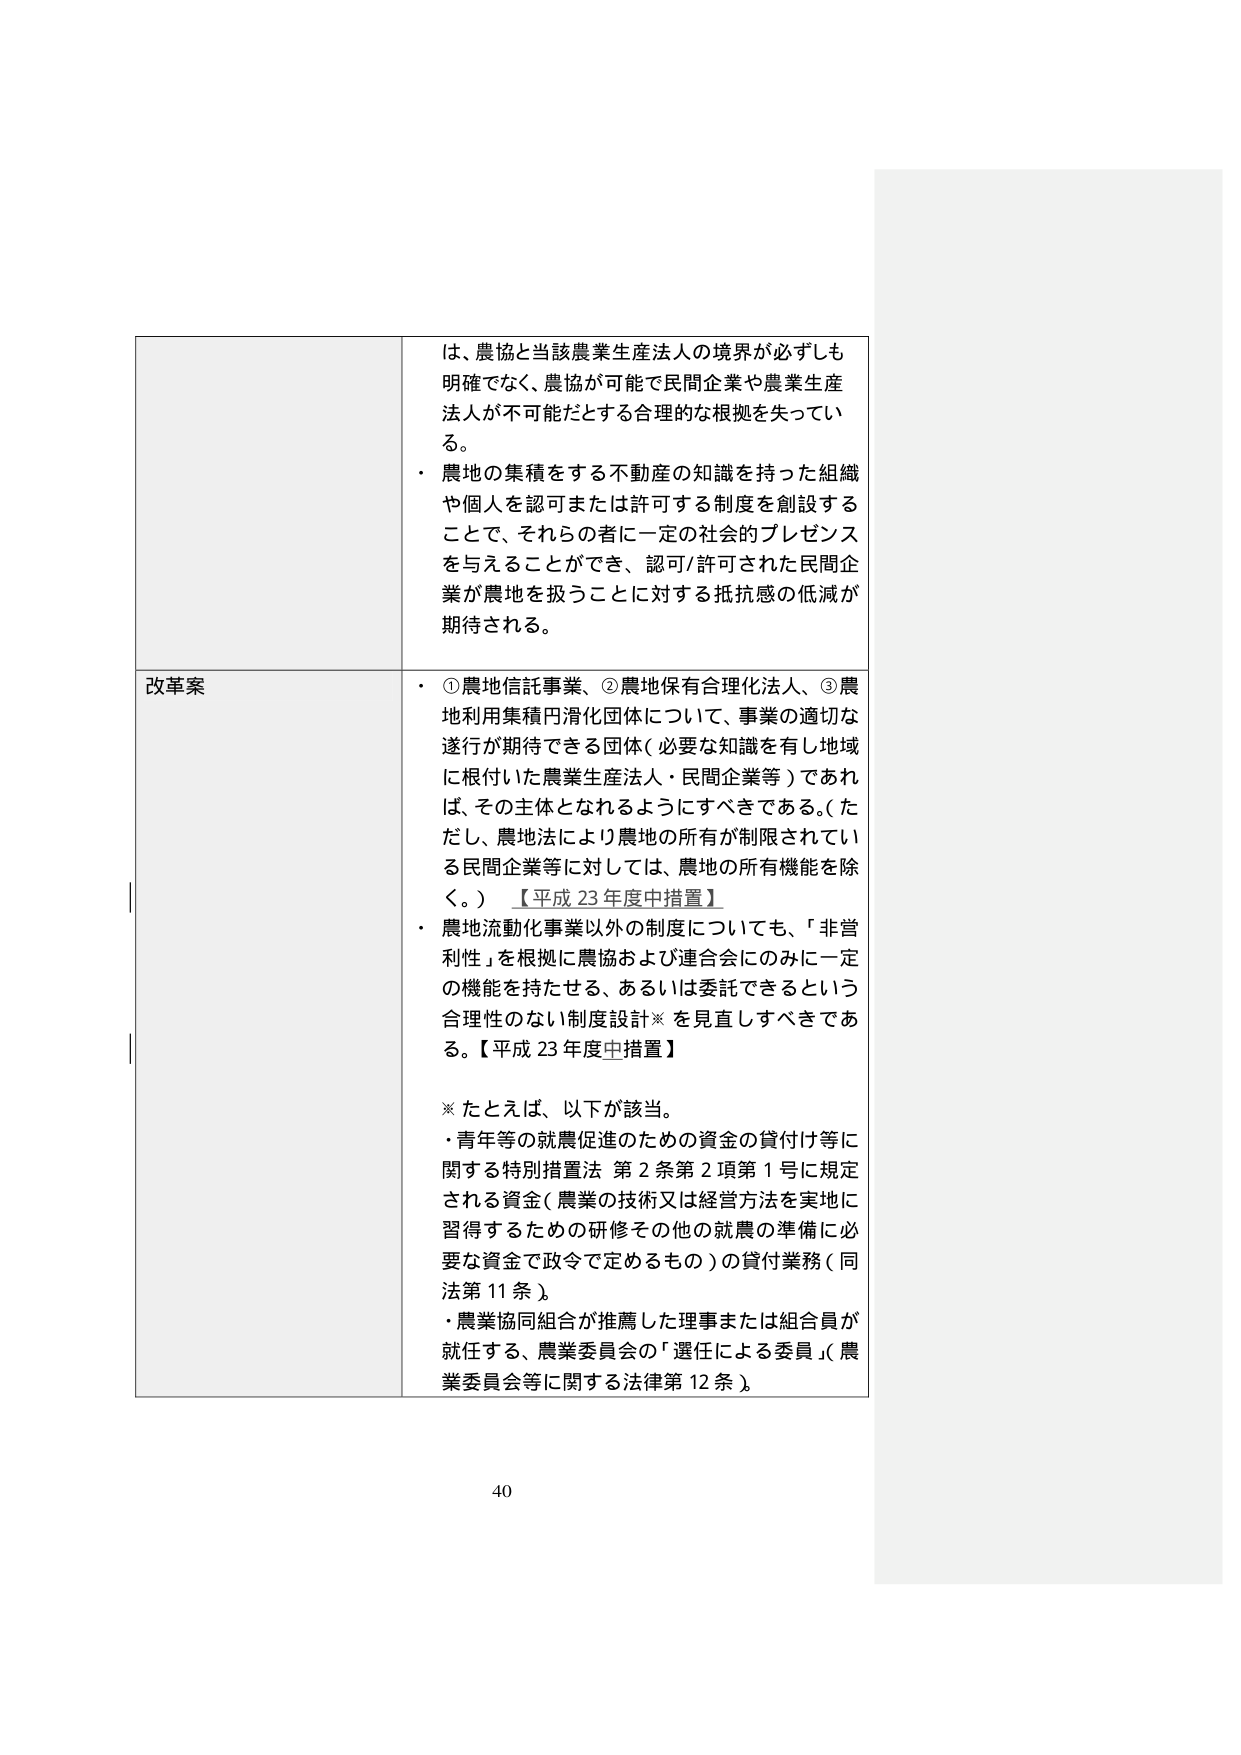
は、農協と当該農業生産法人の境界が必ずしも明確でなく、農協が可能で民間企業や農業生産法人が不可能だとする合理的な根拠を失っている。
・ 農地の集積をする不動産の知識を持った組織や個人を認可または許可する制度を創設することで、それらの者に一定の社会的プレゼンスを与えることができ、認可/許可された民間企業が農地を扱うことに対する抵抗感の低減が期待される。

改革案
・ ①農地信託事業、②農地保有合理化法人、③農地利用集積円滑化団体について、事業の適切な遂行が期待できる団体（必要な知識を有し地域に根付いた農業生産法人・民間企業等）であれば、その主体となれるようにすべきである。（ただし、農地法により農地の所有が制限されている民間企業等に対しては、農地の所有機能を除く。）【平成23年度中措置】
・ 農地流動化事業以外の制度についても、「非営利性」を根拠に農協および連合会にのみ一定の機能を持たせる、あるいは委託できるという合理性のない制度設計※を見直すべきである。【平成23年度中措置】

※ たとえば、以下が該当。
・ 青年等の就農促進のための資金の貸付け等に関する特別措置法 第2条第2項第1号に規定される資金（農業の技術又は経営方法を実地に習得するための研修その他の就農の準備に必要な資金で政令で定めるもの）の貸付業務（同法第11条）。
・ 農業協同組合が推薦した理事または組合員が就任する、農業委員会の「選任による委員」（農業委員会等に関する法律第12条）。

40